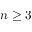
n \geq 3